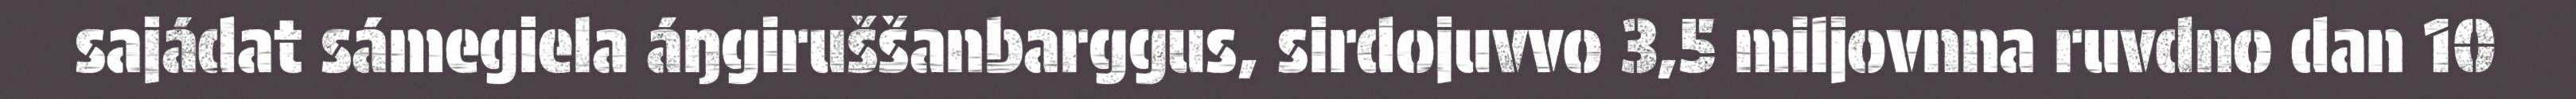
sajádat sámegiela áŋgiruššanbarggus, sirdojuvvo 3,5 miljovnna ruvdno dan 10